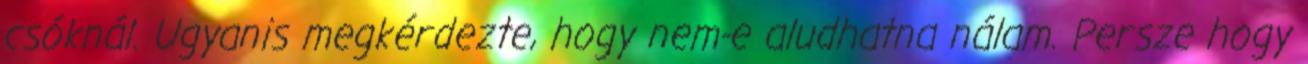
csóknál. Ugyanis megkérdezte, hogy nem-e aludhatna nálam. Persze hogy